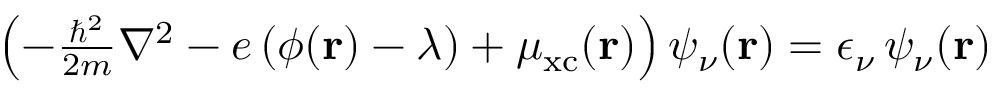
\begin{array} { r } { \left( - \frac { \hbar ^ { 2 } } { 2 m } \nabla ^ { 2 } - e \, ( \phi ( \mathbf { r } ) - \lambda ) + \mu _ { \mathrm { x c } } ( \mathbf { r } ) \right) \psi _ { \nu } ( \mathbf { r } ) = \epsilon _ { \nu } \, \psi _ { \nu } ( \mathbf { r } ) } \end{array}